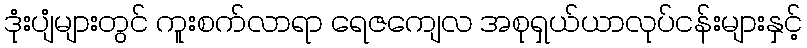
ဒုံးပျံများတွင် ကူးစက်လာရာ ရေဇကျေလ အစုရှယ်ယာလုပ်ငန်းများနှင့်